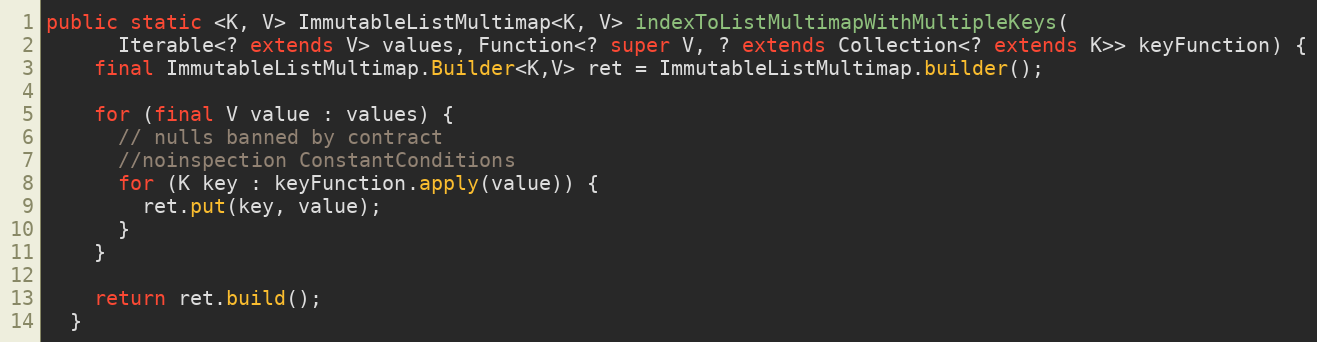
Language: Java
public static <K, V> ImmutableListMultimap<K, V> indexToListMultimapWithMultipleKeys(
      Iterable<? extends V> values, Function<? super V, ? extends Collection<? extends K>> keyFunction) {
    final ImmutableListMultimap.Builder<K,V> ret = ImmutableListMultimap.builder();

    for (final V value : values) {
      // nulls banned by contract
      //noinspection ConstantConditions
      for (K key : keyFunction.apply(value)) {
        ret.put(key, value);
      }
    }

    return ret.build();
  }